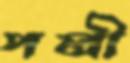
পলী